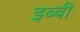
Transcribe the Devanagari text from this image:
इब्बी